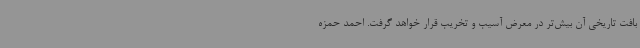
بافت تاریخی آن بیش‌تر در معرض آسیب و تخریب قرار خواهد گرفت. احمد حمزه